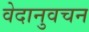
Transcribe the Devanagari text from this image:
वेदानुवचन